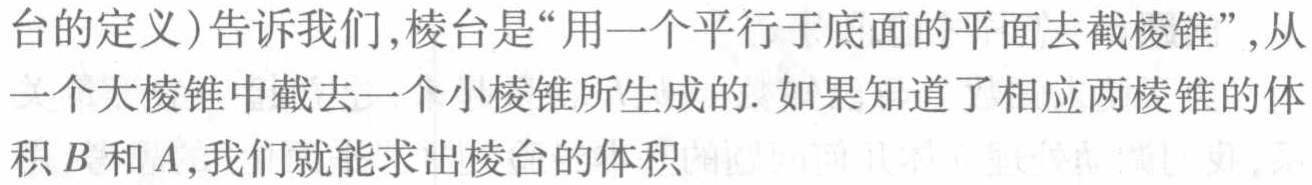
台的定义)告诉我们,棱台是“用一个平行于底面的平面去截棱锥”,从一个大棱锥中截去一个小棱锥所生成的. 如果知道了相应两棱锥的体积$B$和$A$,我们就能求出棱台的体积